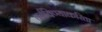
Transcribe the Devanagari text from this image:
वर्तविण्याकरिता